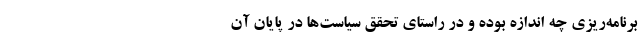
برنامه‌ریزی چه اندازه بوده و در راستای تحقق سیاست‌ها در پایان آن